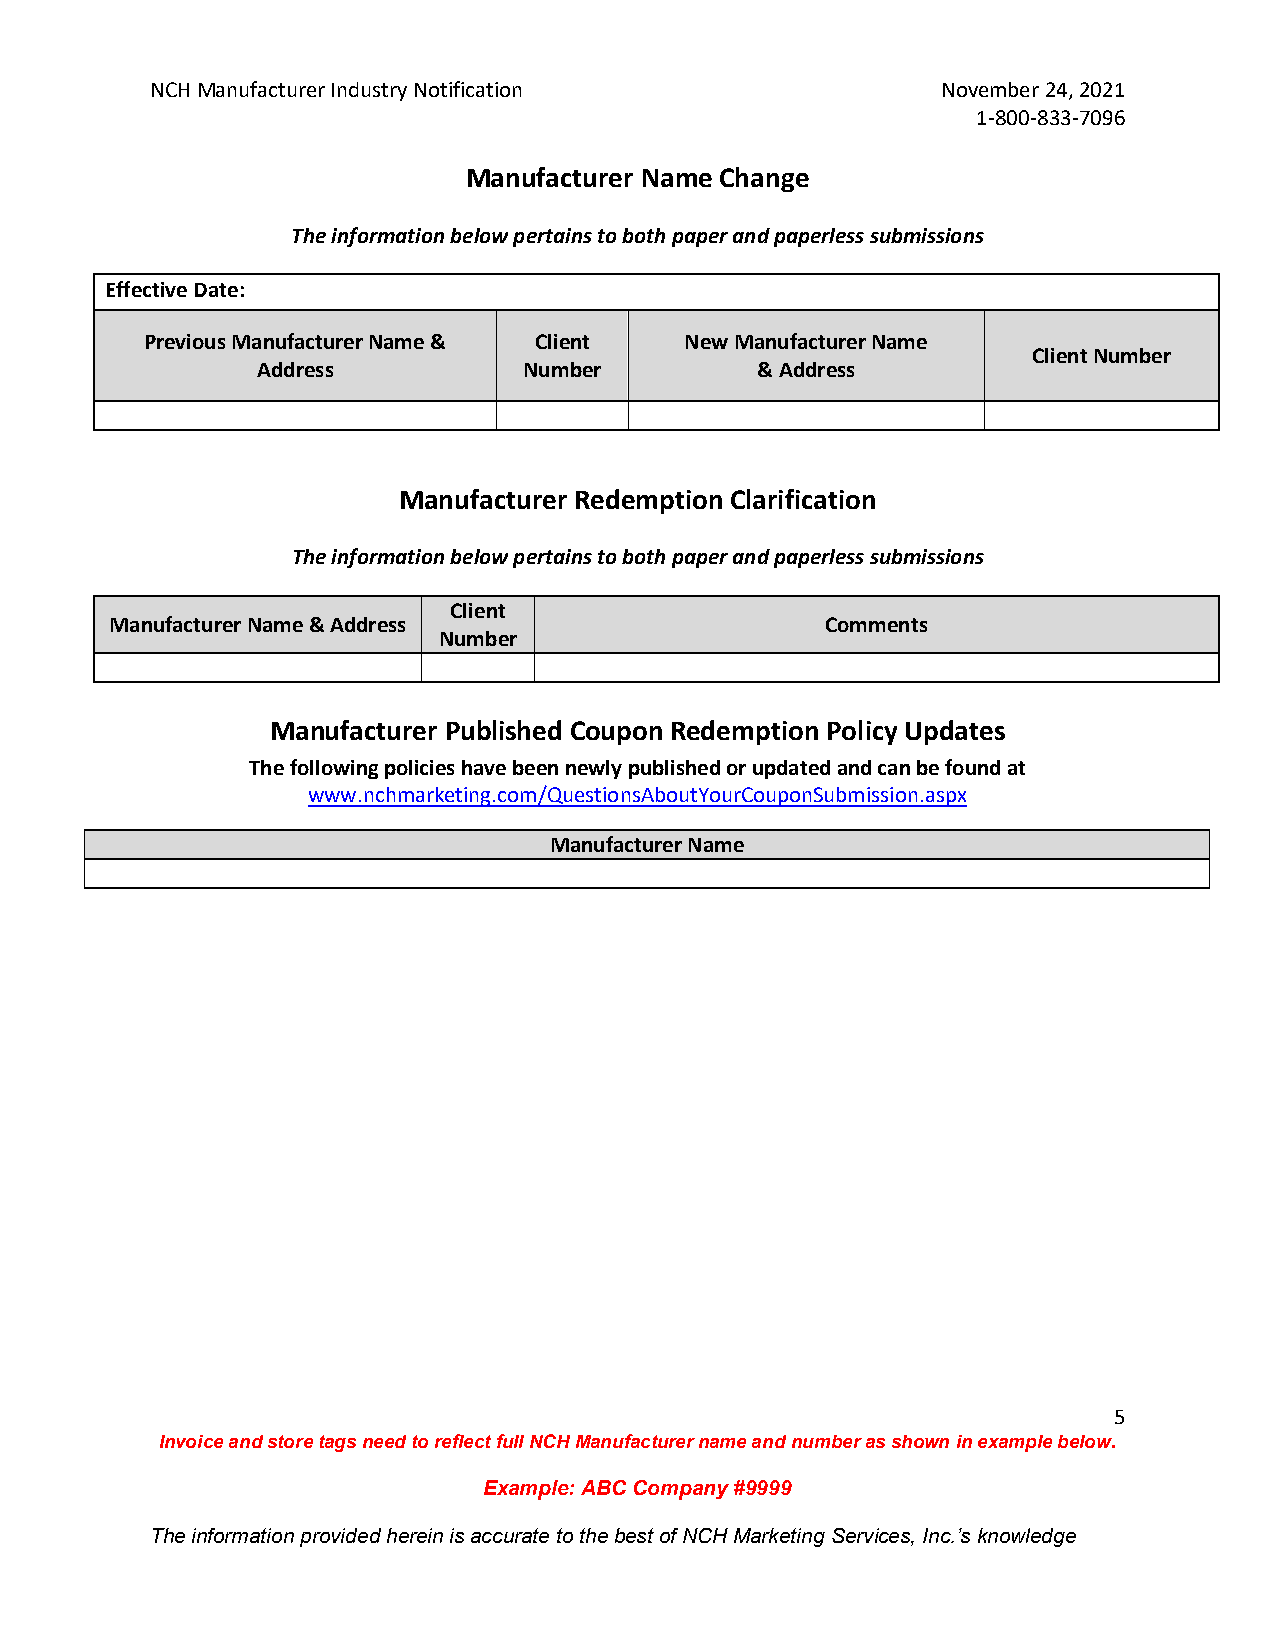
NCH Manufacturer Industry Notification              November 24, 2021
 1-800-833-7096
 Manufacturer Name Change
 The information below pertains to both paper and paperless submissions
 Effective Date:
 Previous Manufacturer Name & Client New Manufacturer Name
 Client Number
 Address           Number         & Address
 Manufacturer Redemption Clarification
 The information below pertains to both paper and paperless submissions
 Client
 Manufacturer Name & Address                     Comments
 Number
 Manufacturer Published Coupon Redemption Policy Updates
 The following policies have been newly published or updated and can be found at
 www.nchmarketing.com/QuestionsAboutYourCouponSubmission.aspx
 Manufacturer Name
 5
 Invoice and store tags need to reflect full NCH Manufacturer name and number as shown in example below.
 Example: ABC Company #9999
 The information provided herein is accurate to the best of NCH Marketing Services, Inc.’s knowledge